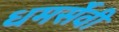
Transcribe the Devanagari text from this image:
धमर्सेवी